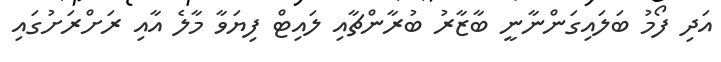
އަދި ފޯމު ބަލައިގަންނާނީ ބާޒާރު ބުރާންޗާއި ލައިޓް ފިޔަވާ މާލެ އާއި ރަށްރަށުގައި